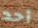
أحد